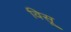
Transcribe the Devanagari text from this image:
विसू